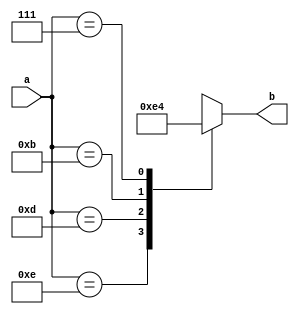
module case_i_encoder_4_2 (input [3:0] a, output reg [1:0] b);

always @*
 case (a)
  14 : b = 3;
  13 : b = 2;
  11 : b = 1;
  7 : b = 0;
  default b = 'bx;
 endcase

endmodule